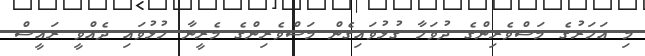
މި އަހަރުގެ މަސްވެރިންގެ ދުވަހާ ގުޅުވައިގެން މަސްވެރިންގެ މެރީނާ ހުޅުވައި ދެެއްވީ ރައީސް